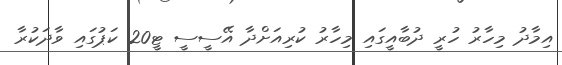
އިމާދު މިހާރު ހުރީ ދުބާއީގައި މިހާރު ކުރިއަށްދާ އޭސީސީ ޓީ20 ކަޕުގައި ވާދަކުރާ